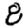
Digit: 8